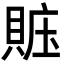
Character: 賘